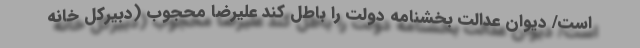
است/ دیوان عدالت بخشنامه‌ دولت را باطل کند علیرضا محجوب (دبیرکل خانه‌